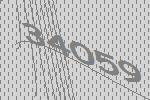
34059